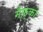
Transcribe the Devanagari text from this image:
मैफ़्को